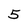
Character: 5